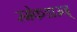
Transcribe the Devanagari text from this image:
स्मेकडाउन्